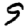
Digit: 9